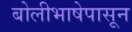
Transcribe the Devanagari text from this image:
बोलीभाषेपासून